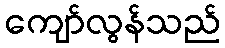
ကျော်လွန်သည်